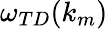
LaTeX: \omega_{TD}(k_{m})